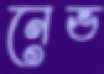
নেভ